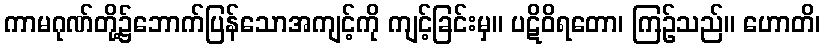
ကာမဂုဏ်တို့၌ဘောက်ပြန်သောအကျင့်ကို ကျင့်ခြင်းမှ။ ပဋိဝိရတော၊ ကြဉ်သည်။ ဟောတိ၊